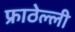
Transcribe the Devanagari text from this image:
फ्राठेल्ली